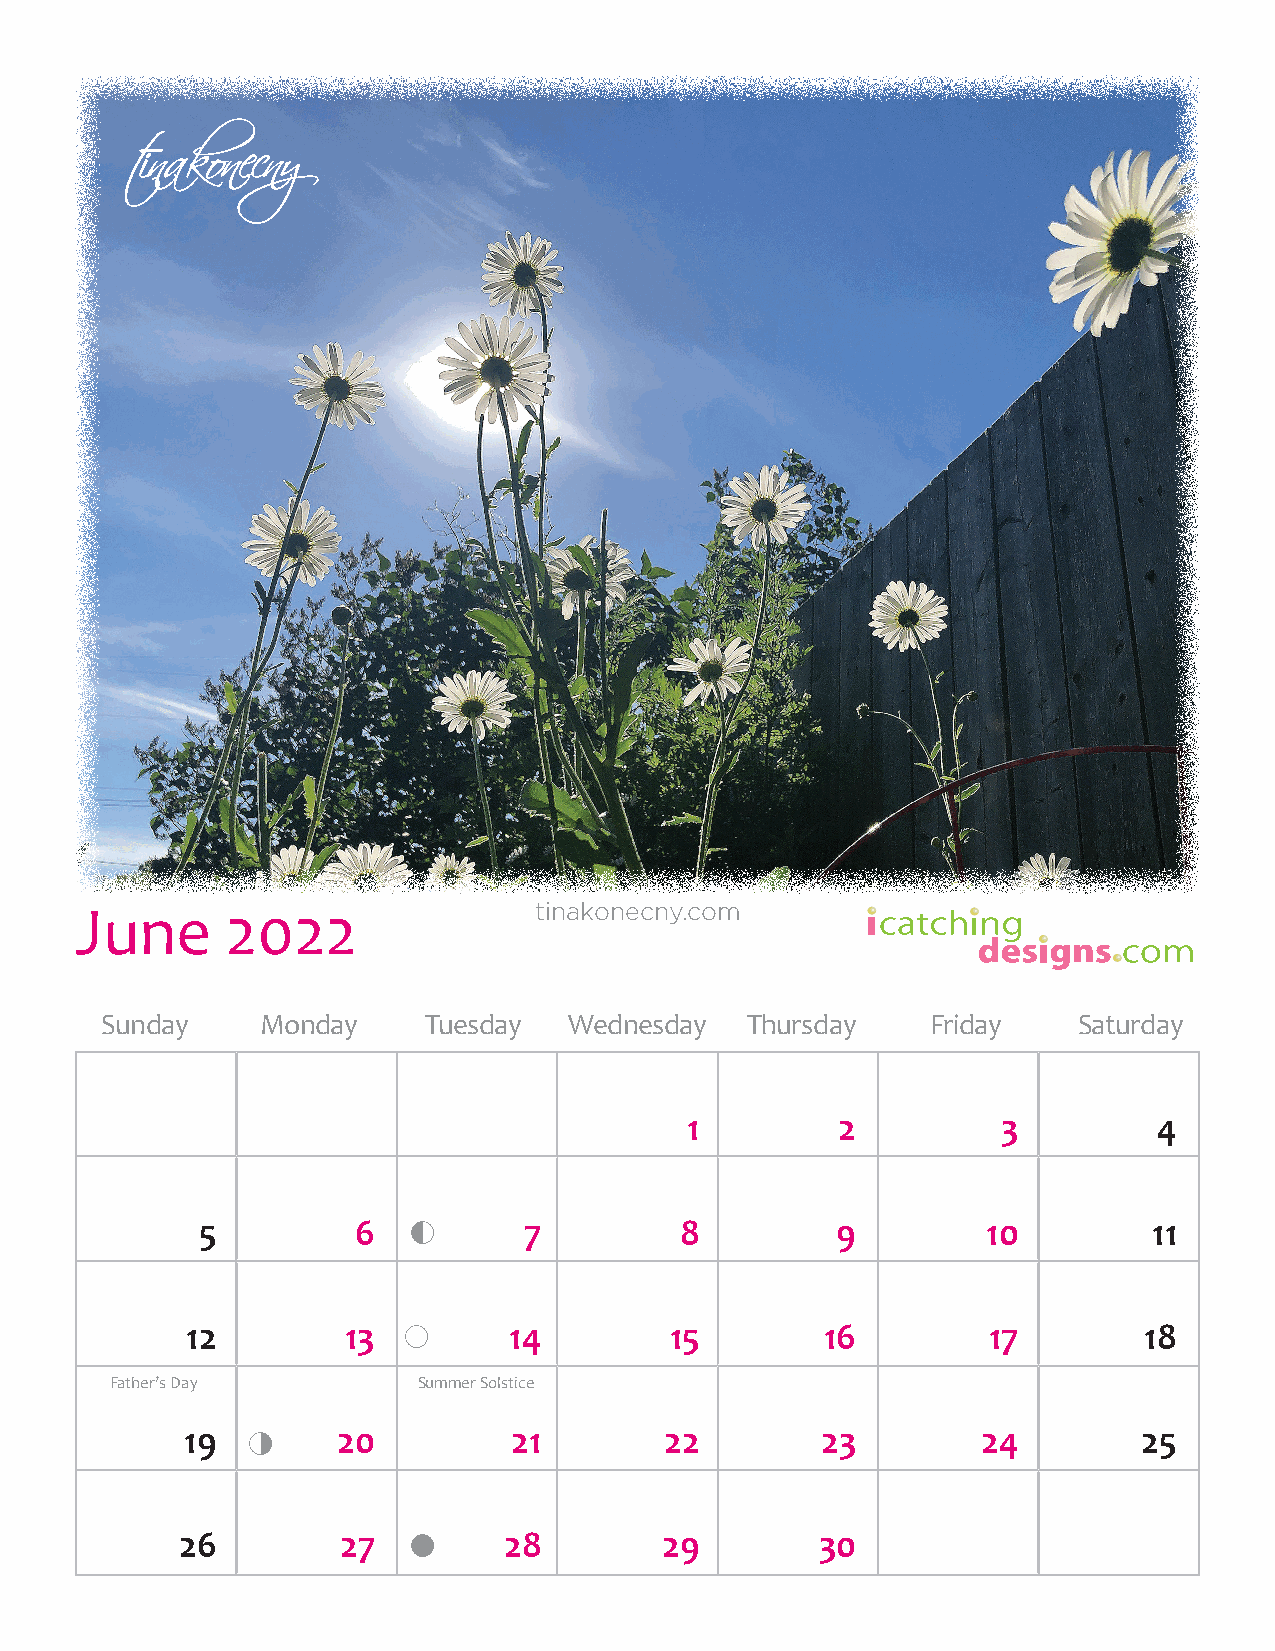
June      2022                tinakonecny.com
 Sunday    Monday     Tuesday   Wednesday  Thursday     Friday   Saturday
 1        2          3          4
 5          6         7         8         9         10         11
 12         13        14        15         16        17         18
 Father’s Day         Summer Solstice
 19       20          21        22        23         24         25
 26        27        28         29        30